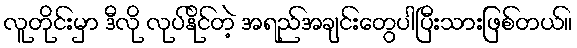
လူတိုင်းမှာ ဒီလို လုပ်နိုင်တဲ့ အရည်အချင်းတွေပါပြီးသားဖြစ်တယ်။